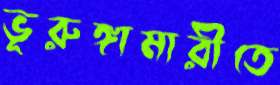
ভূরুঙ্গামারীতে